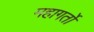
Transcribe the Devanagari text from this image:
महागर्तो